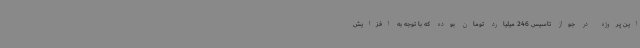
این پروژه در جواز تاسیس 246 میلیارد تومان بوده که با توجه به افزایش